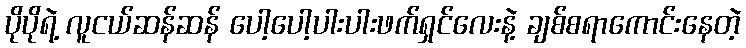
ပိုပိုရဲ့ လူငယ်ဆန်ဆန် ပေါ့ပေါ့ပါးပါးဖက်ရှင်လေးနဲ့ ချစ်စရာကောင်းနေတဲ့